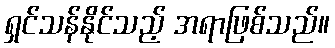
ရှင်သန်နိုင်သည့် အရာဖြစ်သည်။